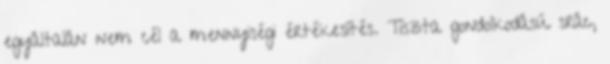
egyáltalán nem cél a mennyiségi értékesítés. Tiszta gondolkodású srác,